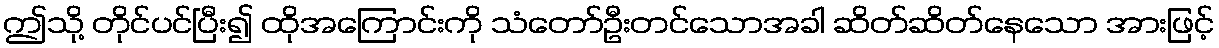
ဤသို့ တိုင်ပင်ပြီး၍ ထိုအကြောင်းကို သံတော်ဦးတင်သောအခါ ဆိတ်ဆိတ်နေသော အားဖြင့်